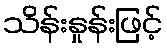
သိန်းနှုန်းဖြင့်